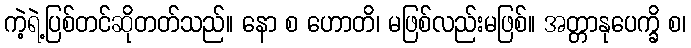
ကဲ့ရဲ့ပြစ်တင်ဆိုတတ်သည်။ နော စ ဟောတိ၊ မဖြစ်လည်းမဖြစ်။ အတ္တာနုပေက္ခိ စ၊